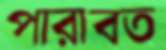
পারাবত